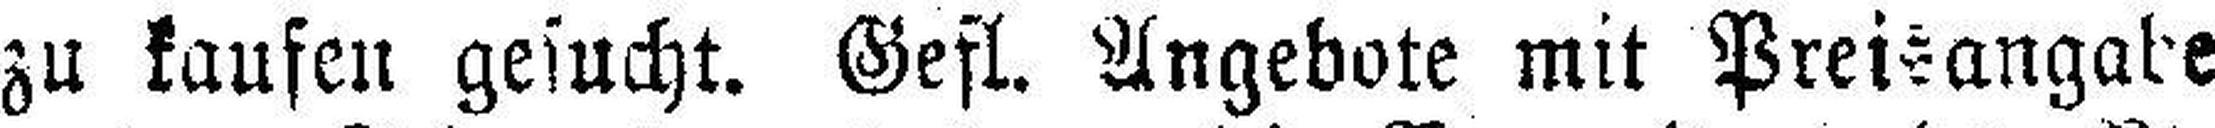
zu kaufen gesucht. Gefl. Angebote mit Preisangabe